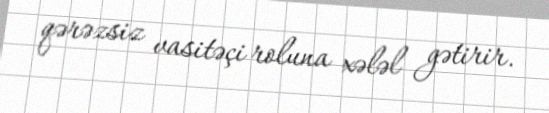
qərəzsiz vasitəçi roluna xələl gətirir.